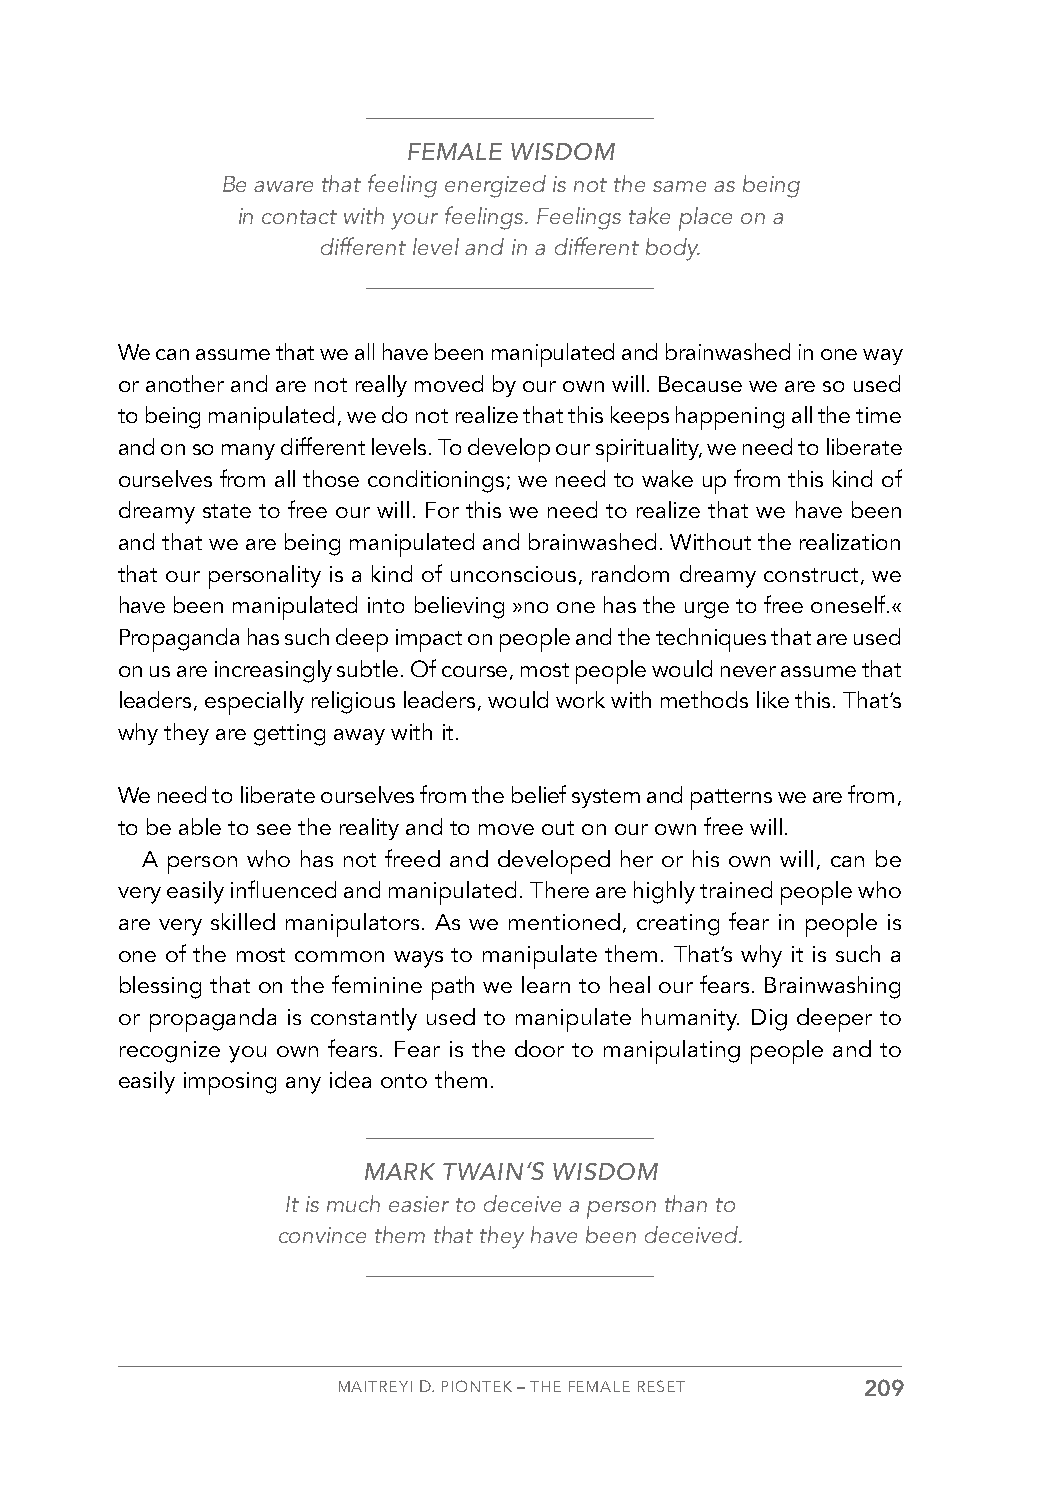
FEMALE WISDOM
 Be aware that feeling energized is not the same as being
 in contact with your feelings. Feelings take place on a
 different level and in a different body.
 We can assume that we all have been manipulated and brainwashed in one way
 or another and are not really moved by our own will. Because we are so used
 to being manipulated, we do not realize that this keeps happening all the time
 and on so many different levels. To develop our spirituality, we need to liberate
 ourselves from all those conditionings; we need to wake up from this kind of
 dreamy state to free our will. For this we need to realize that we have been
 and that we are being manipulated and brainwashed. Without the realization
 that our personality is a kind of unconscious, random dreamy construct, we
 have been manipulated into believing »no one has the urge to free oneself.«
 Propaganda has such deep impact on people and the techniques that are used
 on us are increasingly subtle. Of course, most people would never assume that
 leaders, especially religious leaders, would work with methods like this. That’s
 why they are getting away with it.
 We need to liberate ourselves from the belief system and patterns we are from,
 to be able to see the reality and to move out on our own free will.
 A person who has not freed and developed her or his own will, can be
 very easily influenced and manipulated. There are highly trained people who
 are very skilled manipulators. As we mentioned, creating fear in people is
 one of the most common ways to manipulate them. That’s why it is such a
 blessing that on the feminine path we learn to heal our fears. Brainwashing
 or propaganda is constantly used to manipulate humanity. Dig deeper to
 recognize you own fears. Fear is the door to manipulating people and to
 easily imposing any idea onto them.
 MARK TWAIN’S WISDOM
 It is much easier to deceive a person than to
 convince them that they have been deceived.
 MAITREYI D. PIONTEK – THE FEMALE RESET 209